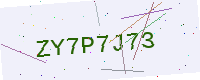
Text: ZY7P7J73